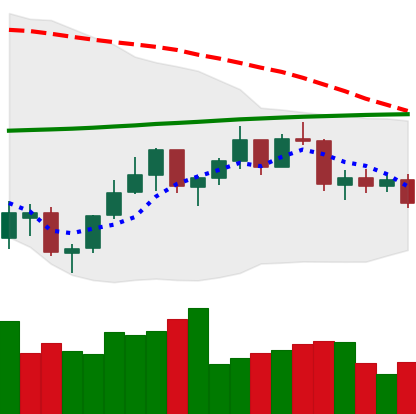
Ticker: ETH-USD
Chart end date: 2021-07-12
Forward return: -6.771%
Label: down_5_7